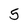
Character: 5